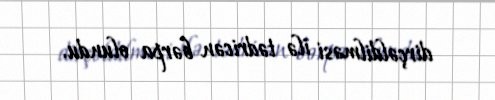
dirçəldilməsi ilə tədricən bərpa olundu.